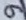
Text: 9